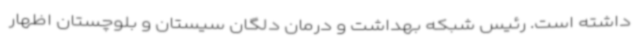
داشته است. رئیس شبکه بهداشت و درمان دلگان سیستان و بلوچستان اظهار